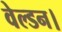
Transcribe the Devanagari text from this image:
वेल्डन।